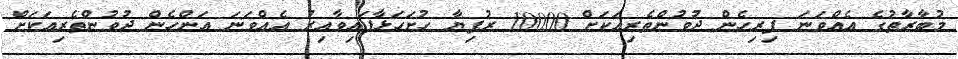
މުބާރާތުގެ އެއްވަނަ ފިރިހެން ދުވުންތެރިއަކަށް 10000 ރުފިޔާ ހުށަހަޅާފައިވާއިރު އެއްވަނަ އަންހެން ދުވުންތެރިއަކަށް